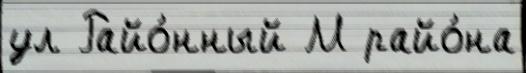
ул Райо́нный М райо́на